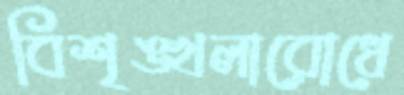
বিশৃঙ্খলারোধে